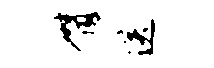
臂送